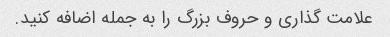
علامت گذاری و حروف بزرگ را به جمله اضافه کنید.